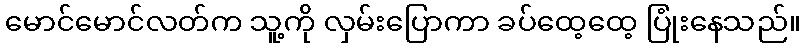
မောင်မောင်လတ်က သူ့ကို လှမ်းပြောကာ ခပ်ထေ့ထေ့ ပြုံးနေသည်။